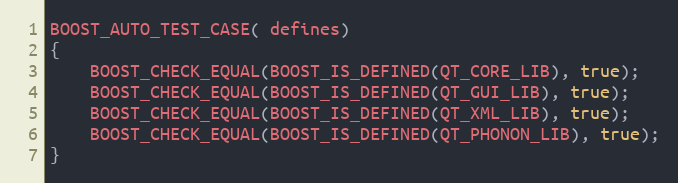
Language: C++
BOOST_AUTO_TEST_CASE( defines)
{
    BOOST_CHECK_EQUAL(BOOST_IS_DEFINED(QT_CORE_LIB), true);
    BOOST_CHECK_EQUAL(BOOST_IS_DEFINED(QT_GUI_LIB), true);
    BOOST_CHECK_EQUAL(BOOST_IS_DEFINED(QT_XML_LIB), true);
    BOOST_CHECK_EQUAL(BOOST_IS_DEFINED(QT_PHONON_LIB), true);
}